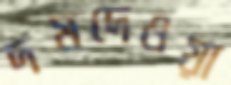
দমদেওয়া